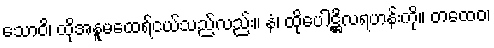
သောဝိ၊ ထိုအနူမထေရ်ငယ်သည်လည်း။ နံ၊ ထိုပေါဋ္ဌိလရဟန်းကို။ တထေဝ၊